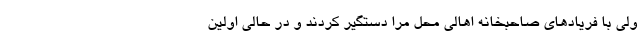
ولی با فریاد‌های صاحبخانه اهالی محل مرا دستگیر کردند و در حالی اولین